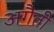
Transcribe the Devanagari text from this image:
अगैती